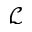
\mathcal L